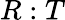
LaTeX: R:T